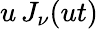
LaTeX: u\, J_{\nu}(ut)